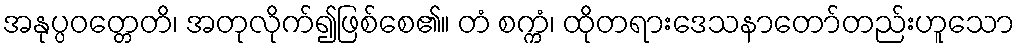
အနုပ္ပဝတ္တေတိ၊ အတုလိုက်၍ဖြစ်စေ၏။ တံ စက္ကံ၊ ထိုတရားဒေသနာတော်တည်းဟူသော